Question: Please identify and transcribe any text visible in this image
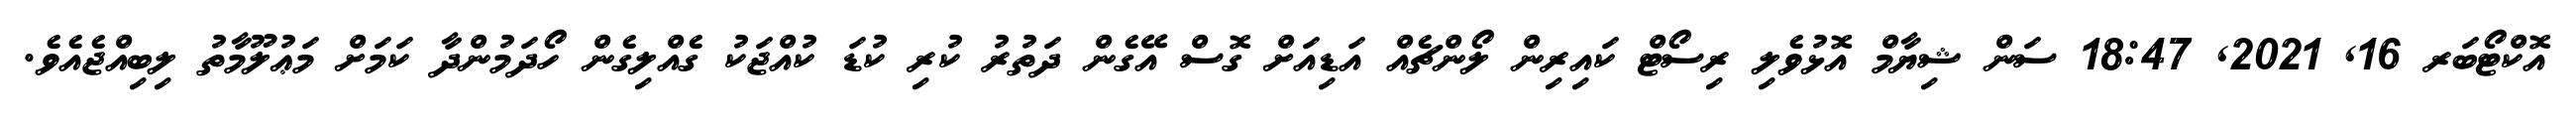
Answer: އޮކްޓޯބަރ 16, 2021, 18:47 ސަން ޝިޔާމް އޮޅުވެލި ރިސޯޓް ކައިރިން ލޯންޗެއް އަޑިއަށް ގޮސް އޭގެން ދަތުރު ކުރި ކުޑަ ކުއްޖަކު ގެއްލިގެން ހޯދަމުންދާ ކަމަށް މަޢުލޫމާތު ލިބިއްޖެއެވެ.